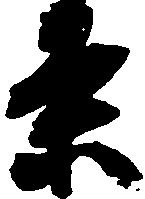
条